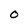
Character: 0